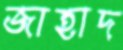
জাহাদ